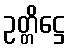
ဥတ္တိဋ္ဌေ